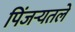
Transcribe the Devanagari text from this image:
पिंजर्‍यतले